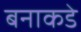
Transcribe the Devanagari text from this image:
बनाकडे